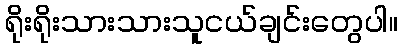
ရိုးရိုးသားသားသူငယ်ချင်းတွေပါ။